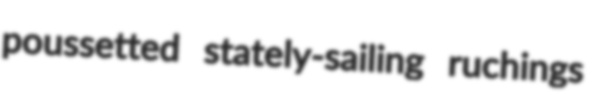
poussetted stately-sailing ruchings